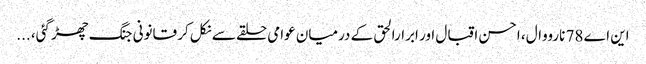
این اے 78 نارووال، احسن اقبال اور ابرارالحق کے درمیان عوامی حلقے سے نکل کر قانونی جنگ چھڑ گئی، ...